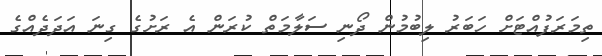
ތިމަރަފުއްޓަށް ހަބަރު ލިބުމުން ދޯނި ސަލާމަތް ކުރަން އެ ރަށުގެ ގިނަ އަދަދެއްގެ